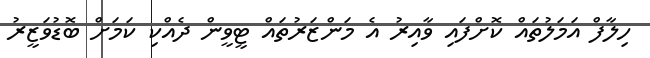
ހިލާފް އަމަލުތައް ކޮށްފައި ވާއިރު އެ މަންޒަރުތައް ޓީވީން ދެއްކި ކަމަށް ބޮޑުވަޒީރު